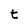
Character: t